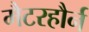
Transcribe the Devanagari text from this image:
मैटरहौर्न